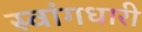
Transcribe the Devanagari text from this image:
स्वांगधारी